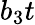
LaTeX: b_{3}t